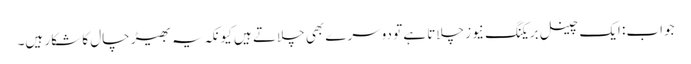
جواب: ایک چینل بریکنگ نیوز چلاتا ہے تو دوسرے بھی چلاتے ہیں کیونکہ یہ بھیڑ چال کا شکار ہیں۔